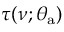
\tau ( \nu ; \theta _ { \mathrm { a } } )